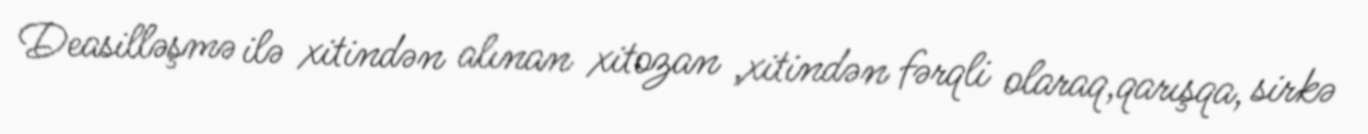
Deasilləşmə ilə xitindən alınan xitozan ,xitindən fərqli olaraq,qarışqa, sirkə